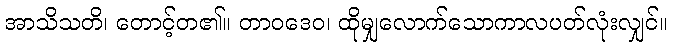
အာသိသတိ၊ တောင့်တ၏။ တာဝဒေဝ၊ ထိုမျှလောက်သောကာလပတ်လုံးလျှင်။